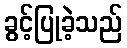
ခွင့်ပြုခဲ့သည်